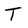
Character: T